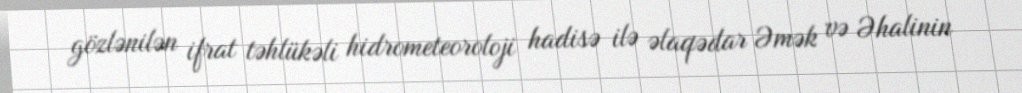
gözlənilən ifrat təhlükəli hidrometeoroloji hadisə ilə əlaqədar Əmək və Əhalinin